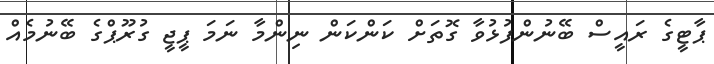
ޕާޓީގެ ރައީސް ބޭނުންފުޅުވާ ގޮތަށް ކަންކަން ނިންމާ ނަމަ ޕީޖީ ގުރޫޕްގެ ބޭނުމެއް